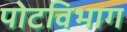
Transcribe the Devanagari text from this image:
पोटविभाग